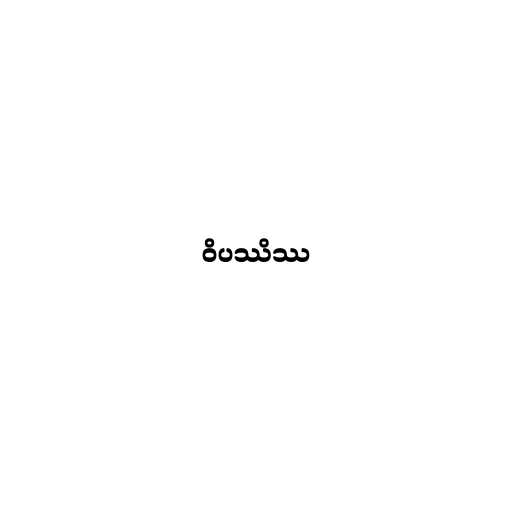
ဝိပဿိဿ